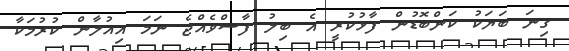
ގިނަ ބަޔަކު ކަންބޮޑުން ފާޅުކުރީ އެ ބިލު ފާސްވެއްޖެ ނަމަ އިއުލާން ކުރުމަކާ